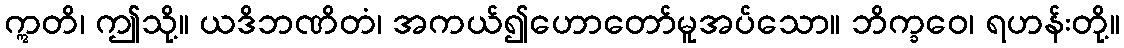
ဣတိ၊ ဤသို့။ ယဒိဘဏိတံ၊ အကယ်၍ဟောတော်မူအပ်သော။ ဘိက္ခဝေ၊ ရဟန်းတို့။